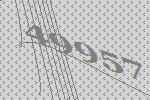
49957